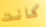
كانت